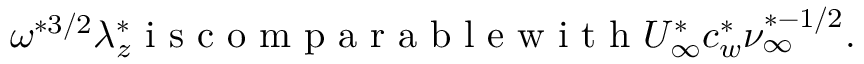
\omega ^ { \ast 3 / 2 } \lambda _ { z } ^ { \ast } \mathrm { ~ i ~ s ~ c ~ o ~ m ~ p ~ a ~ r ~ a ~ b ~ l ~ e ~ w ~ i ~ t ~ h ~ } U _ { \infty } ^ { \ast } c _ { w } ^ { \ast } \nu _ { \infty } ^ { \ast - 1 / 2 } .